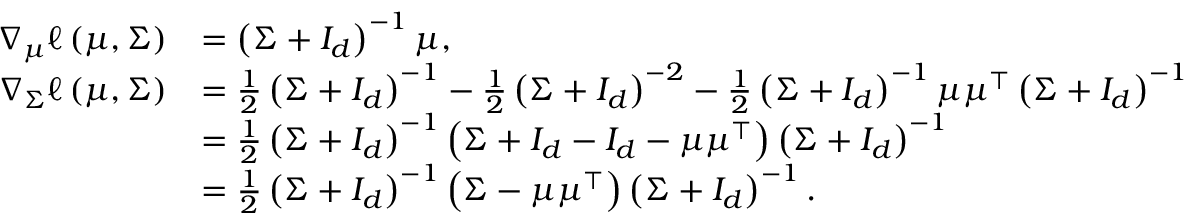
\begin{array} { r l } { \nabla _ { \mu } \ell \left( \mu , \Sigma \right) } & { = \left( \Sigma + I _ { d } \right) ^ { - 1 } \mu , } \\ { \nabla _ { \Sigma } \ell \left( \mu , \Sigma \right) } & { = \frac { 1 } { 2 } \left( \Sigma + I _ { d } \right) ^ { - 1 } - \frac { 1 } { 2 } \left( \Sigma + I _ { d } \right) ^ { - 2 } - \frac { 1 } { 2 } \left( \Sigma + I _ { d } \right) ^ { - 1 } \mu \mu ^ { \top } \left( \Sigma + I _ { d } \right) ^ { - 1 } } \\ & { = \frac { 1 } { 2 } \left( \Sigma + I _ { d } \right) ^ { - 1 } \left( \Sigma + I _ { d } - I _ { d } - \mu \mu ^ { \top } \right) \left( \Sigma + I _ { d } \right) ^ { - 1 } } \\ & { = \frac { 1 } { 2 } \left( \Sigma + I _ { d } \right) ^ { - 1 } \left( \Sigma - \mu \mu ^ { \top } \right) \left( \Sigma + I _ { d } \right) ^ { - 1 } . } \end{array}